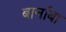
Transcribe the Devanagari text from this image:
बार्नाबा